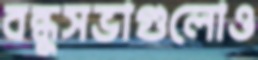
বন্ধুসভাগুলোও